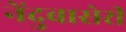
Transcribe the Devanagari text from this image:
नेंदुबासेरी